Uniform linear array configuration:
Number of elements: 48
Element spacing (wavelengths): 0.5
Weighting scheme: hann
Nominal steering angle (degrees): -45
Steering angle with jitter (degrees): -46.939
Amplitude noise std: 0.05
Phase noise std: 0.05

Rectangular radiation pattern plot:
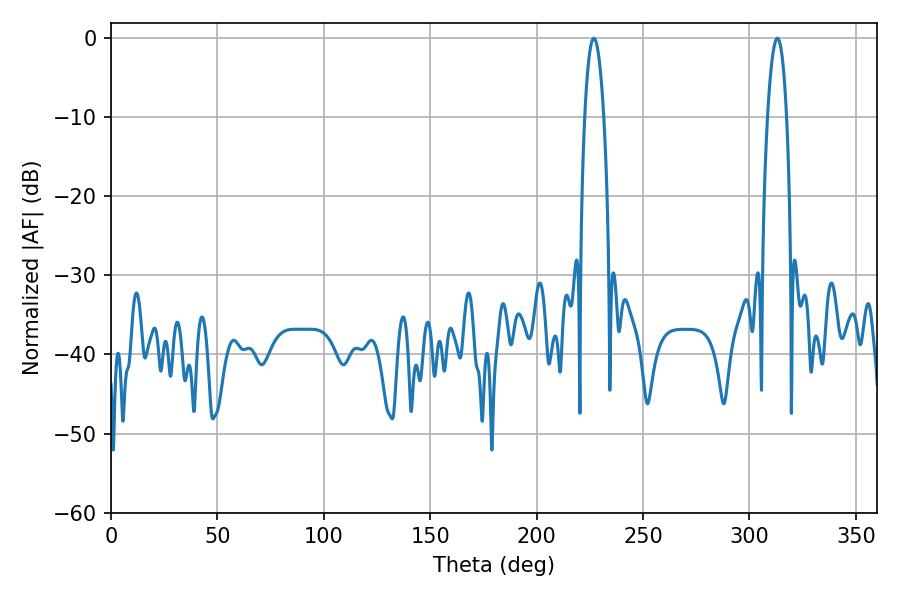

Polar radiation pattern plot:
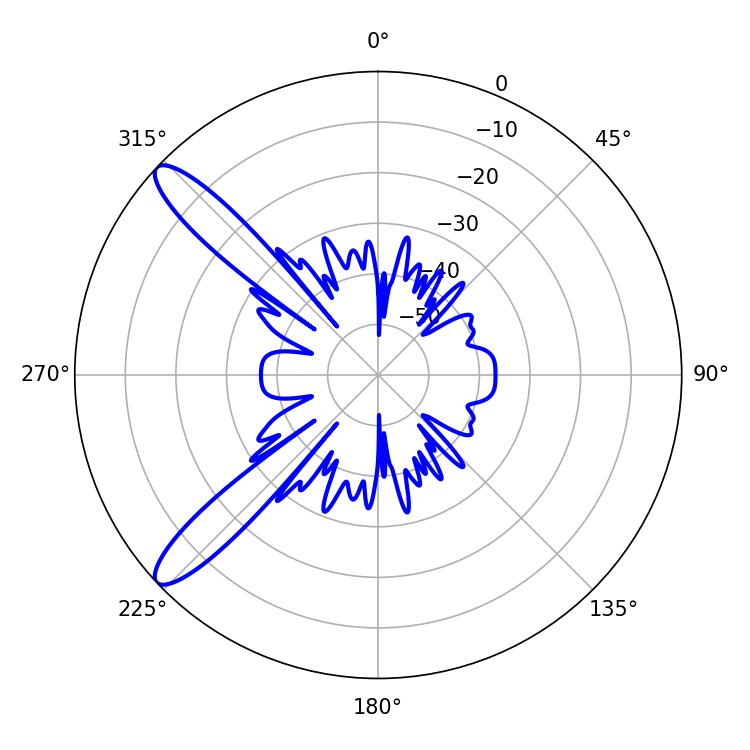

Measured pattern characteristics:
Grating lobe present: FALSE
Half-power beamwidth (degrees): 5.04
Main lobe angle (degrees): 226.8